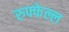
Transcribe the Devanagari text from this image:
रुफ्फेल्ल